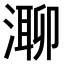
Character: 𣼾